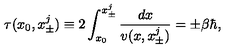
\tau ( x _ { 0 } , x _ { \pm } ^ { j } ) \equiv 2 \int _ { x _ { 0 } } ^ { x _ { \pm } ^ { j } } \frac { d x } { v ( x , x _ { \pm } ^ { j } ) } = \pm \beta \hbar ,